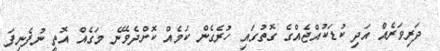
ދަރިވަރެއް އަދި ކުޑަކުއްޖެއްގެ ގޮތުގައި ހުރެގެން ކަމެއް ކޮށްދެވޭނެ މަގެއް އޮތީ ނުފެނިފަ